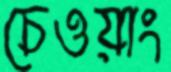
চেওয়াং